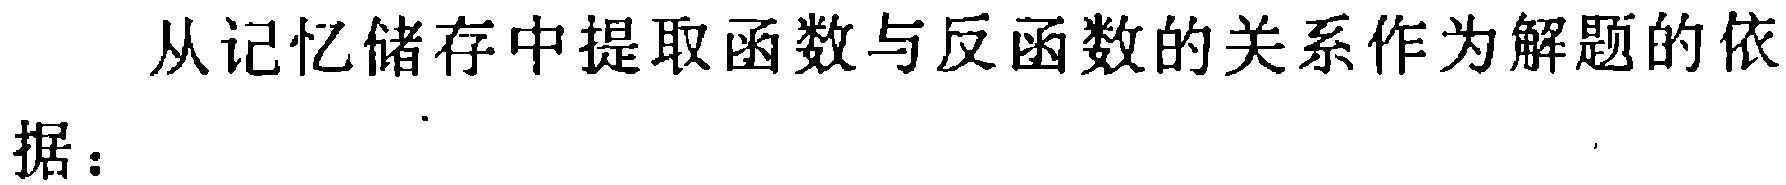
从记忆储存中提取函数与反函数的关系作为解题的依

据：